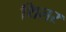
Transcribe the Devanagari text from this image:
थिलर